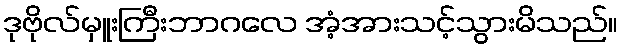
ဒုဗိုလ်မှူးကြီးဘာဂလေ အံ့အားသင့်သွားမိသည်။